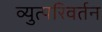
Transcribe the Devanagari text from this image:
व्युत्परिवर्तन